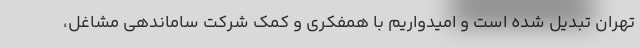
تهران تبدیل شده است و امیدواریم با همفکری و کمک شرکت ساماندهی مشاغل،